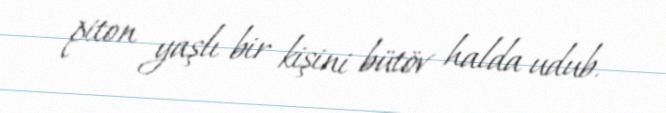
piton yaşlı bir kişini bütöv halda udub.